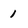
Character: 1